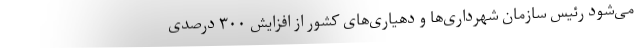
می‌شود رئیس سازمان شهرداری‌ها و دهیاری‌های کشور از افزایش ۳۰۰ درصدی